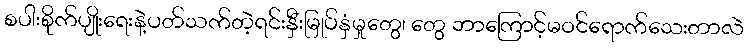
စပါးစိုက်ပျိုးရေးနဲ့ပတ်သက်တဲ့ရင်းနှီးမြုပ်နှံမှုတွေ၊ တွေ ဘာကြောင့်မဝင်ရောက်သေးတာလဲ